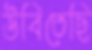
উবিতেছি